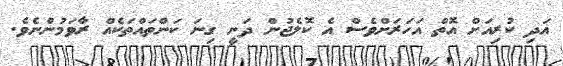
އަދި ކުރިއަށް އޮތް އަހަރަށްވެސް އެ ކޮލެޖުން ދަނީ ގިނަ ކަންތަައްތަކެއް ރާވަމުންނެވެ.